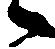
々